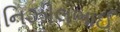
નિઝીલભાઈ